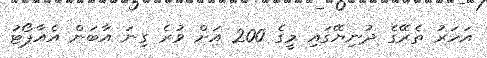
އަހަރު ތެރޭގެ ދުނިޔޭގައި މީގެ 200 އަށް ވުރެ ގިނަ އާބަން އެއާޕޯޓު